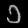
Digit: ၁